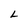
Character: L